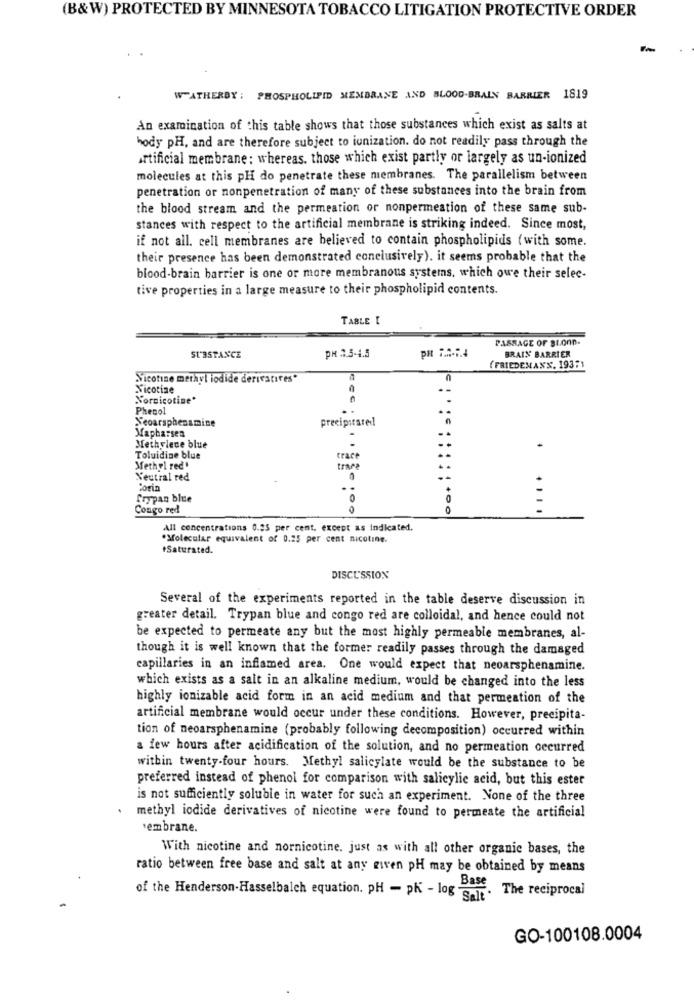
(B&W) PROTECTED BY MINNESOTA TOBACCO LITIGATION PROTECTIVE ORDER
WATHERBY : PHOSPHOLIPID MEMBRANE AND BLOOD-BRAIN BARRIER 1819
An examination of this table shows that those substances which exist as salts at
hody pH, and are therefore subject to ionization. do not readily pass through the
artificial membrane: whereas. those which exist partly or largely as un-ionized
molecules at this pH do penetrate these membranes. The parallelism between
penetration or nonpenetration of many of these substances into the brain from
the blood stream and the permeation or nonpermeation of these same sub-
stances with respect to the artificial membrane is striking indeed. Since most,
if not all. cell membranes are believed to contain phospholipids (with some.
their presence has been demonstrated conclusively). it seems probable that the
blood-brain barrier is one or more membranous systems, which owe their selec-
tive properties in a large measure to their phospholipid contents.
TABLE [
PASSAGE OF BLOOD.
BRAIN BARRIER
SUBSTANCE
PH 3.5-4.5
(FRIEDEMANN. 193F1
Nicotine methyl iodide derivatives*
Nicotine
Nornicotine*
Phenol
Neoarsphenamine
precipstared
Mapharsen
Methylene blue
Toluidine blue
trace
Methyl red
traca
Neutral red
0
Corin
00
frypan blue
Congo red
0
All concentrations 0.25 per cent. except as Indicated.
.Molecular equivalent of 0.25 per cent nicoting.
+Saturated.
DISCUSSION
Several of the experiments reported in the table deserve discussion in
greater detail. Trypan blue and congo red are colloidal, and hence could not
be expected to permeate any but the most highly permeable membranes, al-
though it is well known that the former readily passes through the damaged
capillaries in an inflamed area. One would expect that neoarsphenamine.
which exists as a salt in an alkaline medium, would be changed into the less
highly ionizable acid form in an acid medium and that permeation of the
artificial membrane would occur under these conditions. However, precipita-
tion of neoarsphenamine (probably following decomposition) occurred within
a few hours after acidification of the solution, and no permeation occurred
within twenty-four hours. Methyl salicylate would be the substance to be
preferred instead of phenol for comparison with salicylic acid, but this ester
is not sufficiently soluble in water for such an experiment. None of the three
methyl iodide derivatives of nicotine were found to permeate the artificial
sembrane.
With nicotine and nornicotine. just as with all other organic bases, the
ratio between free base and salt at any given pH may be obtained by means
of the Henderson-Hasselbalch equation. pH - pK - log . The reciprocal
GO-100108.0004